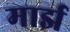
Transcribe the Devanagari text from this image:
मार्झ